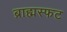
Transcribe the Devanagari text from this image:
ब्राह्मस्फट